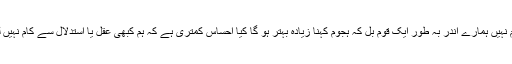
معلوم نہیں ہمارے اندر بہ طور ایک قوم بل کہ ہجوم کہنا زیادہ بہتر ہو گا کیا احساس کمتری ہے کہ ہم کبھی عقل یا استدلال سے کام نہیں لیتے۔